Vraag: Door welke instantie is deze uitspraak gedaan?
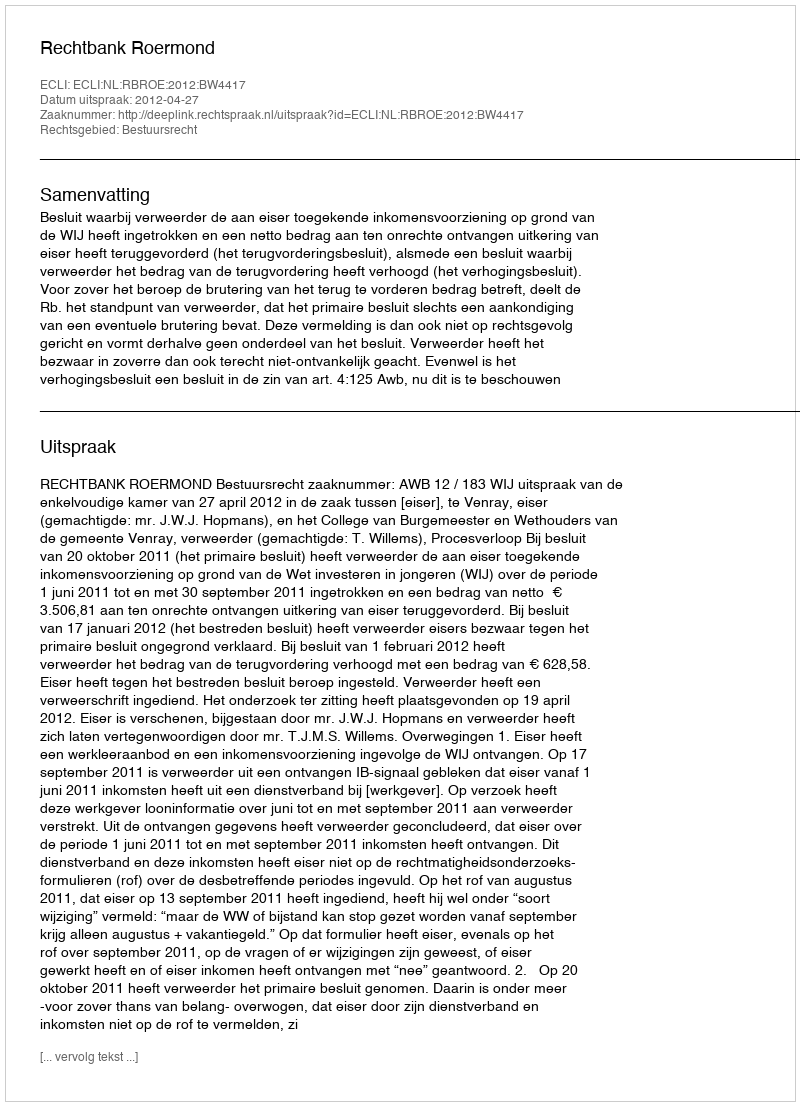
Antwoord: Rechtbank Roermond